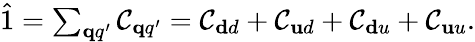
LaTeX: \begin{array}{r}{\hat{1}=\sum_{\mathbf qq^{\prime}}\mathcal{C}_{\mathbf qq^{\prime}}=\mathcal{C}_{\mathbf dd}+\mathcal{C}_{\mathbf ud}+\mathcal{C}_{\mathbf du}+\mathcal{C}_{\mathbf uu}.}\end{array}